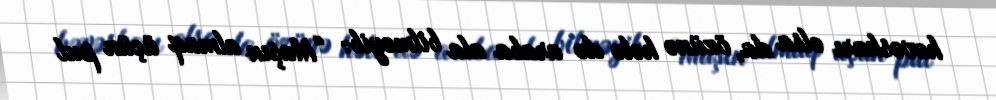
həvəskarı olsa da, özünə hələ də araba ala bilməyib: “Maşın almaq üçün pul